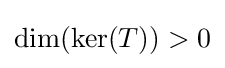
\dim(\ker(T))>0